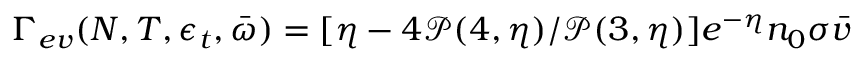
\Gamma _ { e v } ( N , T , \epsilon _ { t } , \bar { \omega } ) = [ \eta - 4 \mathcal { P } ( 4 , \eta ) / \mathcal { P } ( 3 , \eta ) ] e ^ { - \eta } n _ { 0 } \sigma \bar { v }